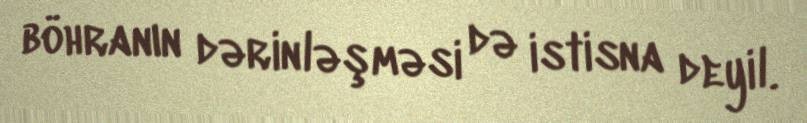
böhranın dərinləşməsi də istisna deyil.